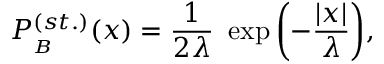
P _ { _ B } ^ { ( s t . ) } ( x ) = \frac { 1 } { 2 \lambda } \ \exp { \left( - \frac { | x | } { \lambda } \right) } ,